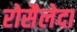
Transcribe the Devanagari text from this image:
रोसैलेदा